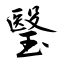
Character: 瑿